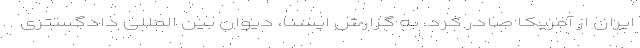
ایران از آمریکا صادر کرد. به گزارش ایسنا، دیوان بین المللی دادگستری